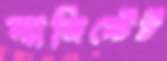
ম্যাজিস্টেট